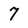
Character: 7